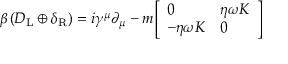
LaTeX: \beta \left( D _ { \mathrm { { L } } } \oplus \delta _ { \mathrm { { R } } } \right) = i \gamma ^ { \mu } \partial _ { \mu } - m { \left[ \begin{array} { l l } { 0 } & { \eta \omega K } \\ { - \eta \omega K } & { 0 } \end{array} \right] }